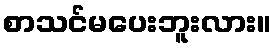
စာသင်မပေးဘူးလား။